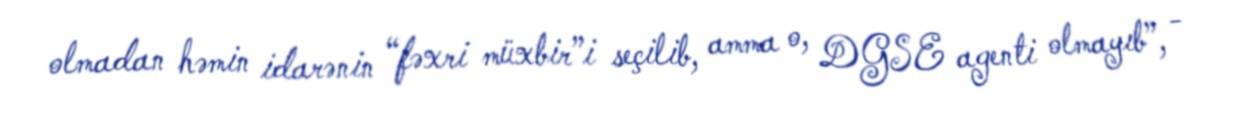
olmadan həmin idarənin “fəxri müxbir”i seçilib, amma o, DGSE agenti olmayıb”, -